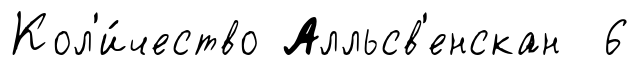
Кол'и́чество Алльсв'енскан 6